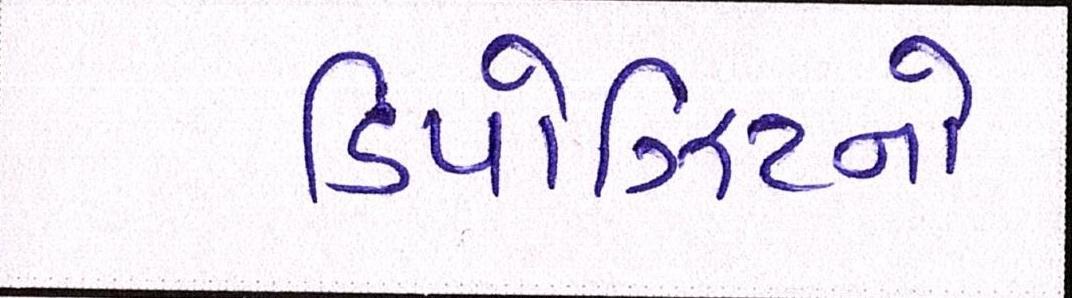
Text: ડિપોઝિટનો